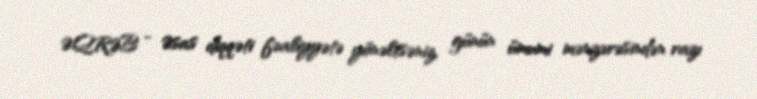
ƏQRƏB - Əsas diqqəti fəaliyyətə yönəltsəniz, günün ümumi mənzərəsindən razı